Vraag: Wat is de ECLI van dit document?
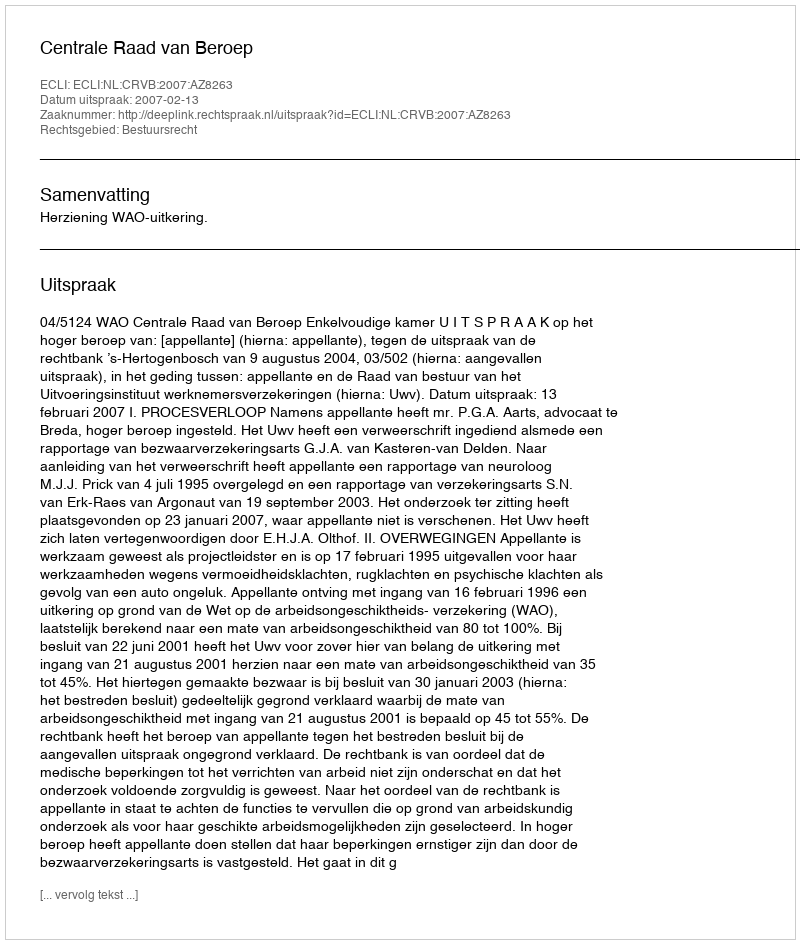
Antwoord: ECLI:NL:CRVB:2007:AZ8263